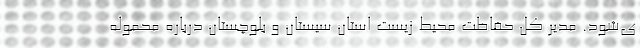
ی‌شود. مدیر کل حفاظت محیط زیست استان سیستان و بلوچستان درباره محموله